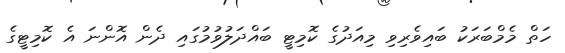
ހަތް މެމްބަރަކު ބައިވެރިވި މިއަދުގެ ކޮމިޓީ ބައްދަލުވުމުގައި ދެން އޮންނަ އެ ކޮމިޓީގެ